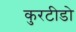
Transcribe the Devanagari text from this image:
कुरटीडो